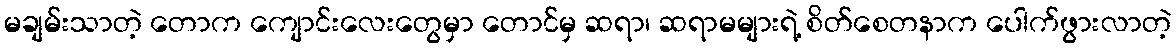
မချမ်းသာတဲ့ တောက ကျောင်းလေးတွေမှာ တောင်မှ ဆရာ၊ ဆရာမများရဲ့ စိတ်စေတနာက ပေါက်ဖွားလာတဲ့